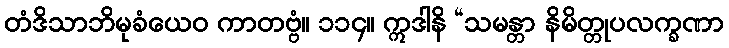
တံဒိသာဘိမုခံယေဝ ကာတဗ္ဗံ။ ၁၁၄။ ဣဒါနိ “သမန္တာ နိမိတ္တုပလက္ခဏာ